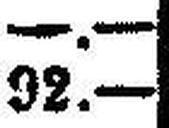
92.—